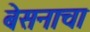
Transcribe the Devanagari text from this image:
बेसनाचा